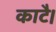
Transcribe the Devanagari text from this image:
काटै।